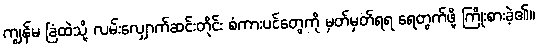
ကျွန်မ ခြံထဲသို့ လမ်းလျှောက်ဆင်းတိုင်း စံကားပင်တွေကို မှတ်မှတ်ရရ ရေတွက်ဖို့ ကြိုးစားခဲ့၏။